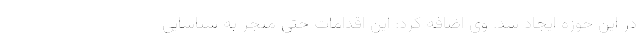
در این حوزه ایجاد شد. وی اضافه کرد: این اقدامات حتی منجر به شناسایی